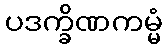
ပဒက္ခိဏကမ္မံ